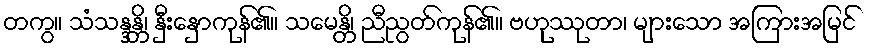
တကွ။ သံသန္ဒန္တိ၊ နှီးနှောကုန်၏။ သမေန္တိ၊ ညီညွတ်ကုန်၏။ ဗဟုဿုတာ၊ များသော အကြားအမြင်